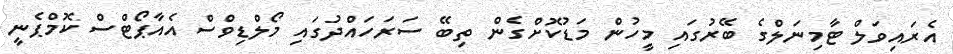
އެރައިވަލް ޓާމިނަލްގެ ބޭރުގައި މީހުން މަޑުކޮށްގެން ތިބޭ ސަރަހައްދުގައި މޯލްޑިވްސް އެއާޕޯޓްސް ކޮމްޕެނީ